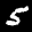
Label: 5